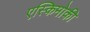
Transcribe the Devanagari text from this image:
एस्किमोकी